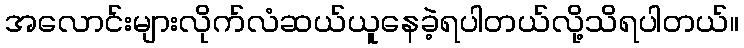
အလောင်းများလိုက်လံဆယ်ယူနေခဲ့ရပါတယ်လို့သိရပါတယ်။